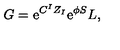
G = \mathrm { e } ^ { C ^ { I } Z _ { I } } \mathrm { e } ^ { \phi S } { L } ,